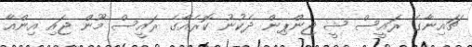
ޗައިނާގެ ރައީސް ޝީ ޖިންޕިން ދެކުނު ކޮރެއާގެ ރައީސް މޫން ޖައި އިންއާ